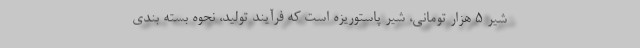
شیر ۵ هزار تومانی، شیر پاستوریزه است که فرآیند تولید، نحوه بسته بندی